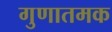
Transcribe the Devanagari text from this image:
गुणातमक